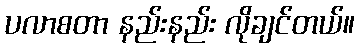
ပလာစတာ နည်းနည်း လိုချင်တယ်။